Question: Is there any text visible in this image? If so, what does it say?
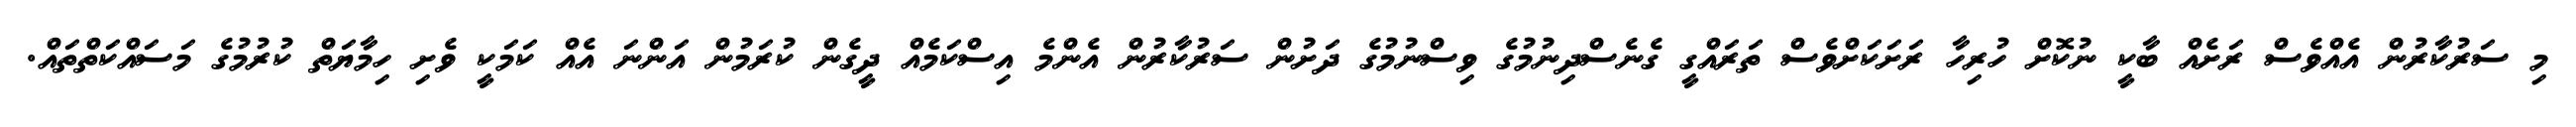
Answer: މި ސަރުކާރުން އެއްވެސް ރަށެއް ބާކީ ނުކޮށް ހުރިހާ ރަށަކަށްވެސް ތަރައްގީ ގެނެސްދިނުމުގެ ވިސްނުމުގެ ދަށުން ސަރުކާރުން އެންމެ އިސްކަމެއް ދީގެން ކުރަމުން އަންނަ އެއް ކަމަކީ ވެށި ހިމާޔަތް ކުރުމުގެ މަސައްކަތްތައް.